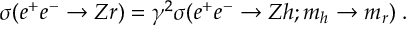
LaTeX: \sigma ( e ^ { + } e ^ { - } \rightarrow Z r ) = \gamma ^ { 2 } \sigma ( e ^ { + } e ^ { - } \rightarrow Z h ; m _ { h } \rightarrow m _ { r } ) \; .